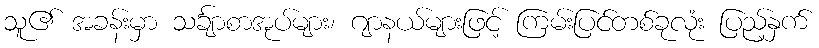
သူ၏ အခန်းမှာ သင်္ချာစာအုပ်များ၊ ဂျာနယ်များဖြင့် ကြမ်းပြင်တစ်ခုလုံး ပြည့်နှက်